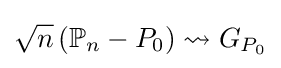
{\sqrt {n}}\left(\mathbb {P} _{n}-P_{0}\right)\rightsquigarrow G_{P_{0}}